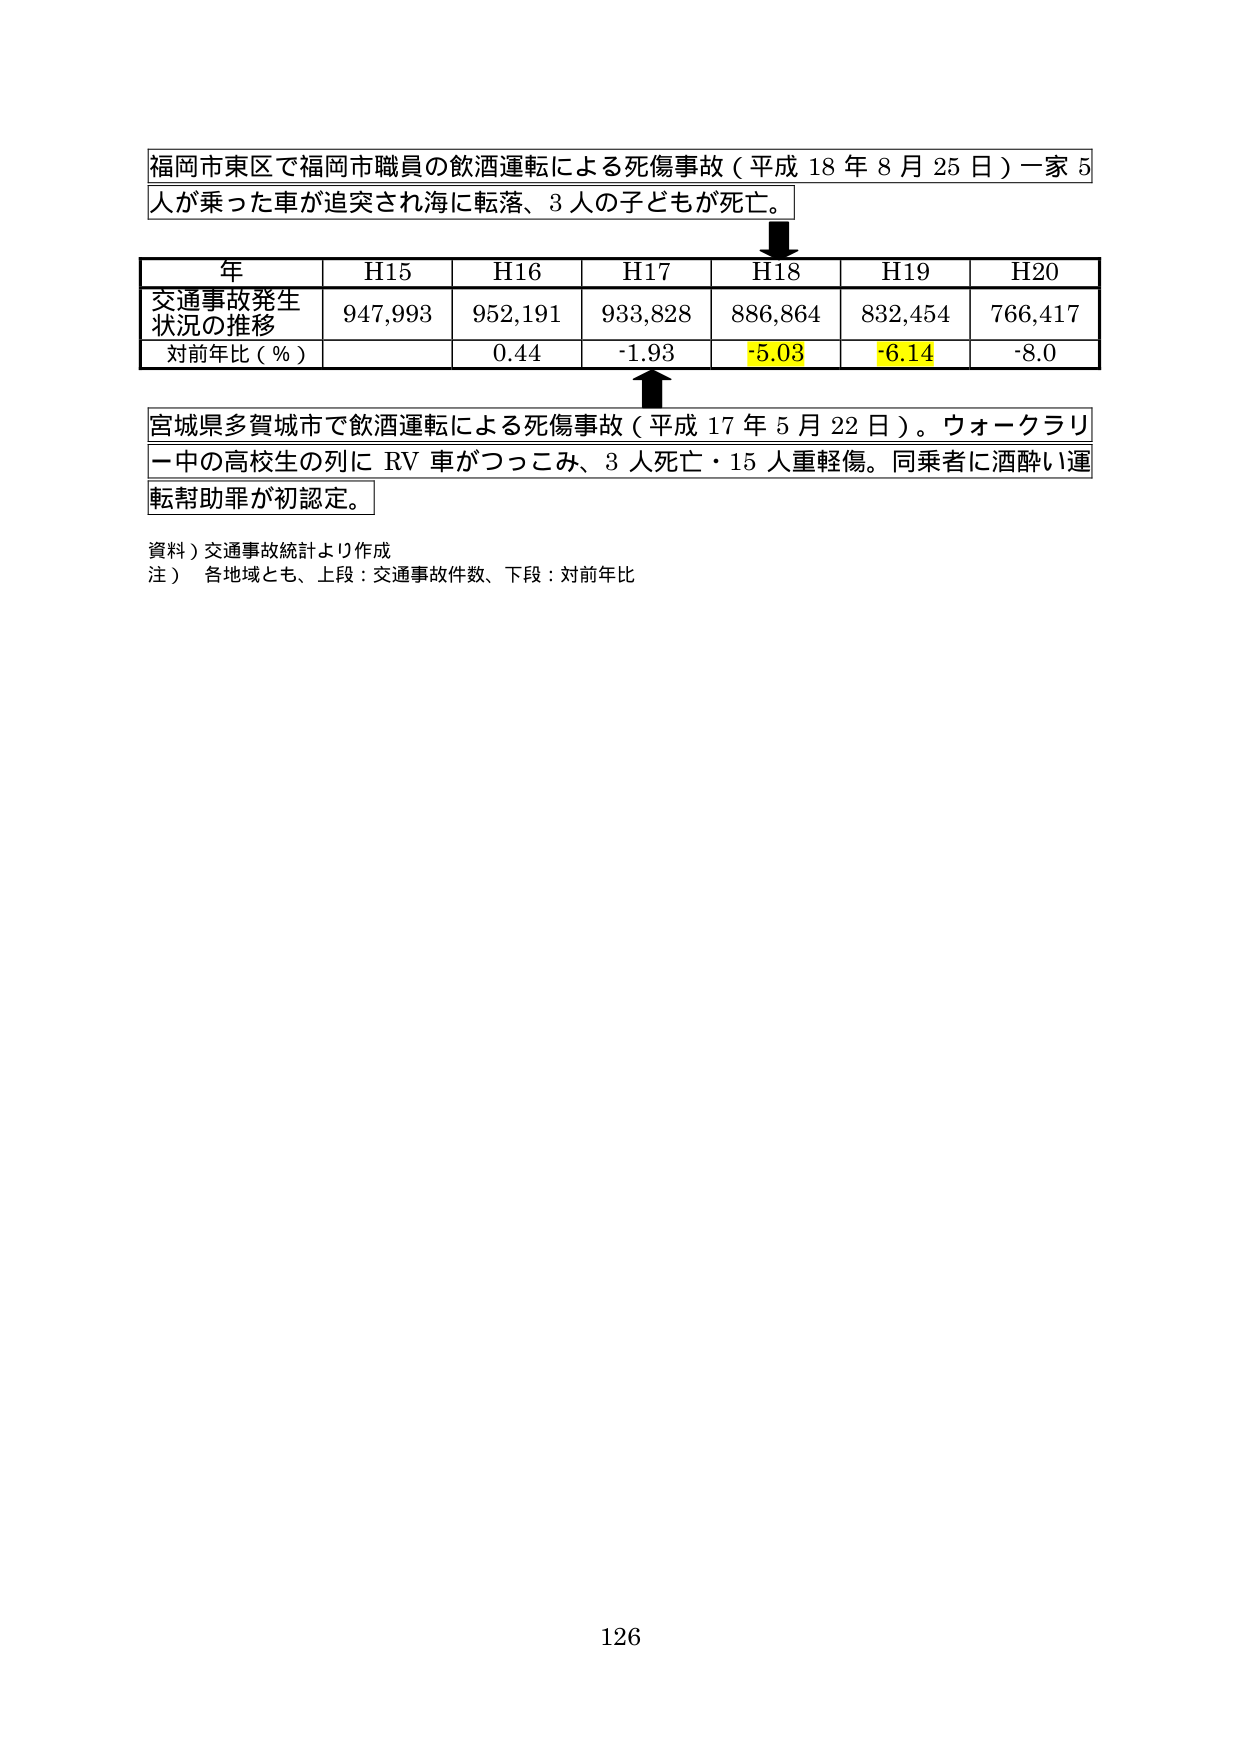
福岡市東区で福岡市職員の飲酒運転による死傷事故（平成18年8月25日）一家5人が乗った車が追突され海に転落、3人の子どもが死亡。

年　　H15　　H16　　H17　　H18　　H19　　H20
交通事故発生状況の推移　947,993　952,191　933,828　886,864　832,454　766,417
対前年比（％）　　　　　　0.44　　-1.93　　-5.03　　-6.14　　-8.0

宮城県多賀城市で飲酒運転による死傷事故（平成17年5月22日）。ウォークラリー中の高校生の列にRV車がつっこみ、3人死亡・15人重軽傷。同乗者に酒酔い運転幇助罪が初認定。

資料）交通事故統計より作成
注）各地域とも、上段：交通事故件数、下段：対前年比

126